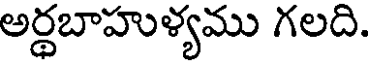
అర్థబాహుళ్యము గలది.